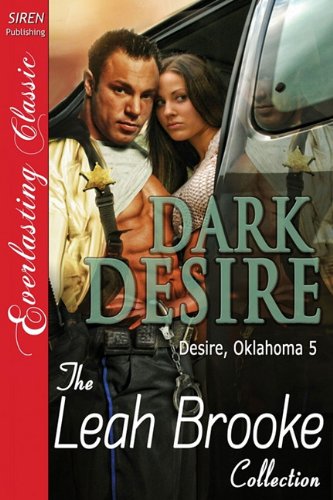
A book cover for Dark Desire [Desire, Oklahoma 5] [The Leah Brooke Collection] (Siren Publishing Everlasting Classic); Leah Brooke; Romance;